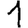
Digit: 1